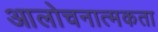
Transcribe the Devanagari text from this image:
आलोचनात्मकता